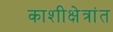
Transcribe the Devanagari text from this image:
काशीक्षेत्रांत